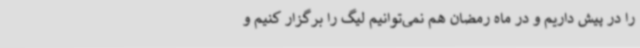
را در پیش داریم و در ماه رمضان هم نمی‌توانیم لیگ را برگزار کنیم و